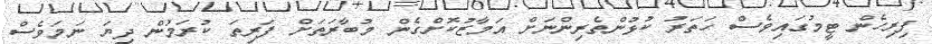
ފިރިހެން ޓީމުގައިވެސް ހަތަރު ކުޅުންތެރިންނަށް އަމާޒުކޮށްގެން މުބާރަތަށް ފަރިތަ ކުރަމުން ދިޔަ ނަމަވެސް